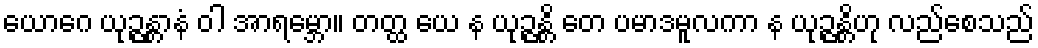
ယောဂေ ယုဉ္ဇန္တာနံ ဝါ အာရမ္ဘော။ တတ္ထ ယေ န ယုဉ္ဇန္တိ တေ ပမာဒမူလကာ န ယုဉ္ဇန္တိဟု လည်စေသည်